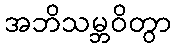
အဘိသမ္ဘဝိတွာ